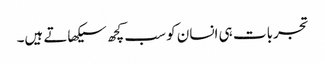
تجربات ہی انسان کو سب کچھ سیکھاتے ہیں۔